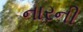
નારની